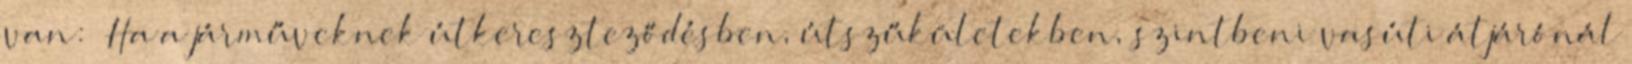
van: „Ha a járműveknek útkereszteződésben, útszűkületekben, szintbeni vasúti átjárónál